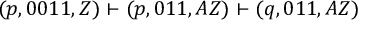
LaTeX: ( p , 0 0 1 1 , Z ) \vdash ( p , 0 1 1 , A Z ) \vdash ( q , 0 1 1 , A Z )